Scottish Certificate of Education, 1963
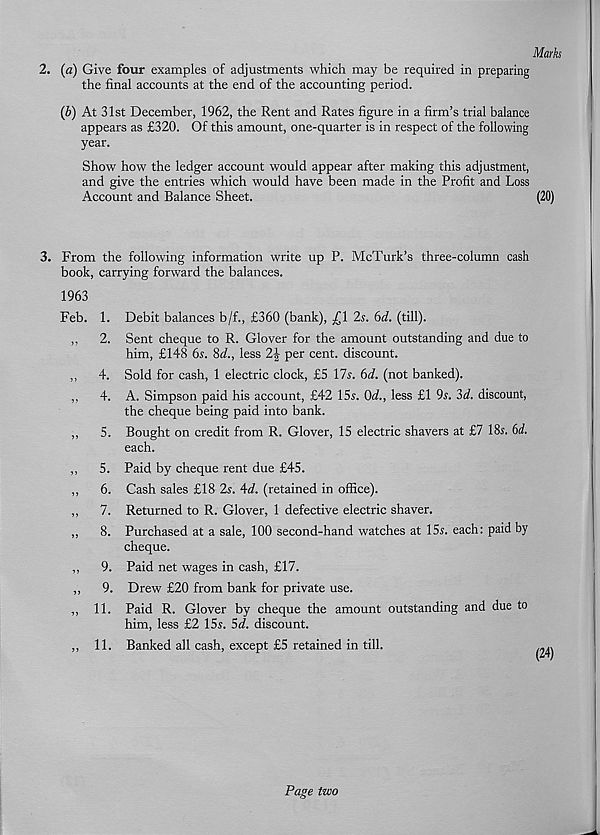
Mark
2. (a) Give four examples of adjustments which may be required in preparing
the final accounts at the end of the accounting period.
(b) At 31st December, 1962, the Rent and Rates figure in a firm’s trial balance
appears as £320. Of this amount, one-quarter is in respect of the following
year.
Show how the ledger account would appear after making this adjustment,
and give the entries which would have been made in the Profit and Loss
Account and Balance Sheet.
(20)
3. From the following information write up P. McTurk’s three-column cash
book, carrying forward the balances.
1963
Feb. 1.
4.
4.
? J 5.
5
7.
8.
■ n 9.
9.
11.
j j 11.
Debit balances b/f., £360 (bank), £1 2s. 6d. (till).
Sent cheque to R. Glover for the amount outstanding and due to
him, £148 6s. 8d., less 2J per cent, discount.
Sold for cash, 1 electric clock, £5 17s. 6d. (not banked).
A. Simpson paid his account, £42 15s. Od., less £1 9s. 3d. discount,
the cheque being paid into bank.
Bought on credit from R. Glover, 15 electric shavers at £7 18s. 6d.
each.
Paid by cheque rent due £45.
Cash sales £18 2s. 4<L (retained in office).
Returned to R. Glover, 1 defective electric shaver.
Purchased at a sale, 100 second-hand watches at 15s. each: paid by
cheque.
Paid net wages in cash, £17.
Drew £20 from bank for private use.
Paid R. Glover by cheque the amount outstanding and due to
him, less £2 15s. 5d. discount.
Banked all cash, except £5 retained in till.
Page two